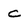
Character: c